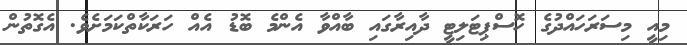
މިއީ މިސަރަހައްދުގެ ހޮސްޕިޓަލިޓީ ދާއިރާގައި ބާއްވާ އެންމެ ބޮޑު އެއް ހަރަކާތްކަމަށެވެ. އެގޮތުން